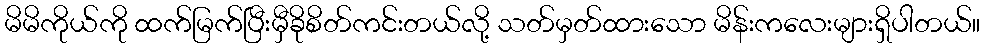
မိမိကိုယ်ကို ထက်မြက်ပြီးမှီခိုစိတ်ကင်းတယ်လို့ သတ်မှတ်ထားသော မိန်းကလေးများရှိပါတယ်။